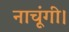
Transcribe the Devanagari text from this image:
नाचूंगी।